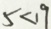
5 < 1 9